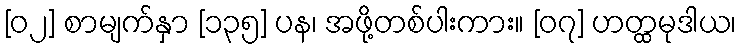
[၀၂] စာမျက်နှာ [၁၃၅] ပန၊ အဖို့တစ်ပါးကား။ [၀၇] ဟတ္ထမုဒါယ၊